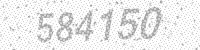
Solution: 584150